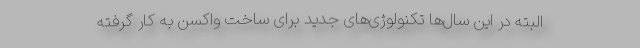
البته در این سال‌ها تکنولوژی‌های جدید برای ساخت واکسن به کار گرفته